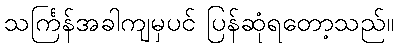
သင်္ကြန်အခါကျမှပင် ပြန်ဆုံရတော့သည်။